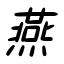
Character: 燕